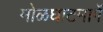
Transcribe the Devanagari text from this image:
मोळघाटमार्गे